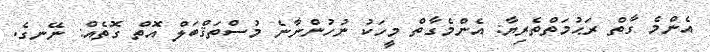
އެންމެ ގާތް ރަޙުމަތްތެރިޔާ: އެންމެގާތް މީހަކު ނުހުންނާނެ މުސްތަޤްބަލް އޮތް ގޮތެއް: ނޭނގެ.